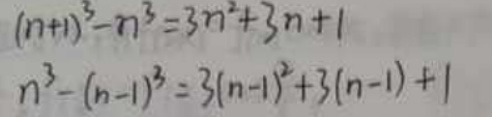
\begin{align*}
(n + 1)^3 - n^3&=3n^2 + 3n+1\\
n^3-(n - 1)^3&=3(n - 1)^2+3(n - 1)+1
\end{align*}